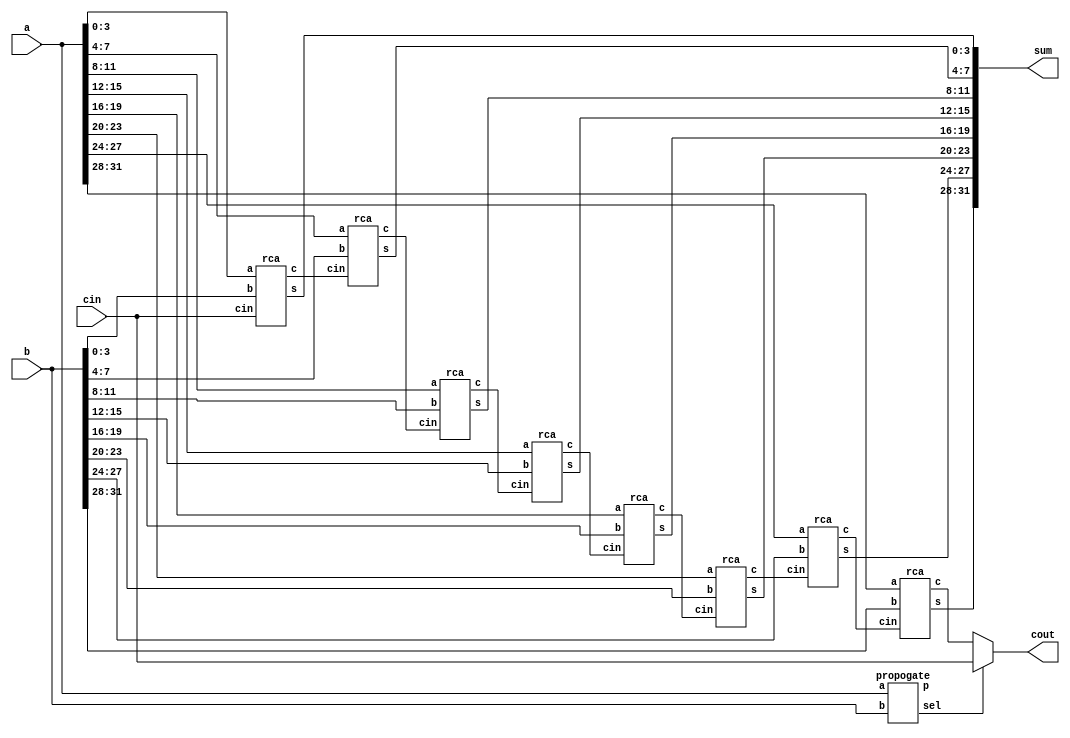
module CSA(a,b,cin,sum,cout);
input[31:0]a,b;
input cin;
output[31:0]sum;
output cout;
wire sel;
wire[31:0]p;
wire[8:1]c;

//ripple carry adder

rca m1(sum[3:0],c[1],a[3:0],b[3:0],cin);
rca m2(sum[7:4],c[2],a[7:4],b[7:4],c[1]);
rca m3(sum[11:8],c[3],a[11:8],b[11:8],c[2]);
rca m4(sum[15:12],c[4],a[15:12],b[15:12],c[3]);
rca m5(sum[19:16],c[5],a[19:16],b[19:16],c[4]);
rca m6(sum[23:20],c[6],a[23:20],b[23:20],c[5]);
rca m7(sum[27:24],c[7],a[27:24],b[27:24],c[6]);
rca m8(sum[31:28],c[8],a[31:28],b[31:28],c[7]);

//propogation
propogate p1(p,sel,a,b);

//2*1 mux

assign cout=sel?cin:c[8];

endmodule

//propogation module
module propogate(p,sel,a,b);
input[31:0]a,b;
output[31:0]p;
output sel;
assign p=a^b;
assign sel= &p;
endmodule

//Ripple carry adder
module rca(s,c,a,b,cin);
input[3:0]a,b;
input cin;
output[3:0]s;
output c;
wire [2:0]x;
FA a1(s[0],x[0],a[0],b[0],cin);
FA a2(s[1],x[1],a[1],b[1],x[0]);
FA a3(s[2],x[2],a[2],b[2],x[1]);
FA a4(s[3],c,a[3],b[3],x[2]);
endmodule

//full adder
module FA(s,co,a,b,cin);
input a,b,cin;
output s,co;
assign s=a^b^cin;
assign co=a&b|b&cin|cin&a;
endmodule

//test bench 
module tb;
reg [31:0] a,b;
reg cin;
wire[31:0]sum;
wire cout;

CSA m1(a,b,cin,sum,cout);
initial begin
$monitor($time  , "a=%d  b=%d cin=%d sum=%d  carry=%d ",a,b,cin,sum,cout);
a=32'b11101;b=32'b01010;cin=1;
#50;
a=32'b11111;b=32'b00000;cin=0;
#50;
a=32'd2147483647;b=32'd2147483647;cin=0;
#50;
a=32'd2147483647;b=32'd2147483647;cin=1;
#50;
a=32'd21;b=32'd7;cin=1;
#50;
a=32'd39;b=32'd29;cin=0;
#50;
a=32'd20;b=32'd11;cin=1;
#50;
a=32'd28;b=32'd12;cin=0;
#50;
a=32'd9;b=32'd11;cin=0;
#50;
end
endmodule